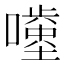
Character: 𡂥